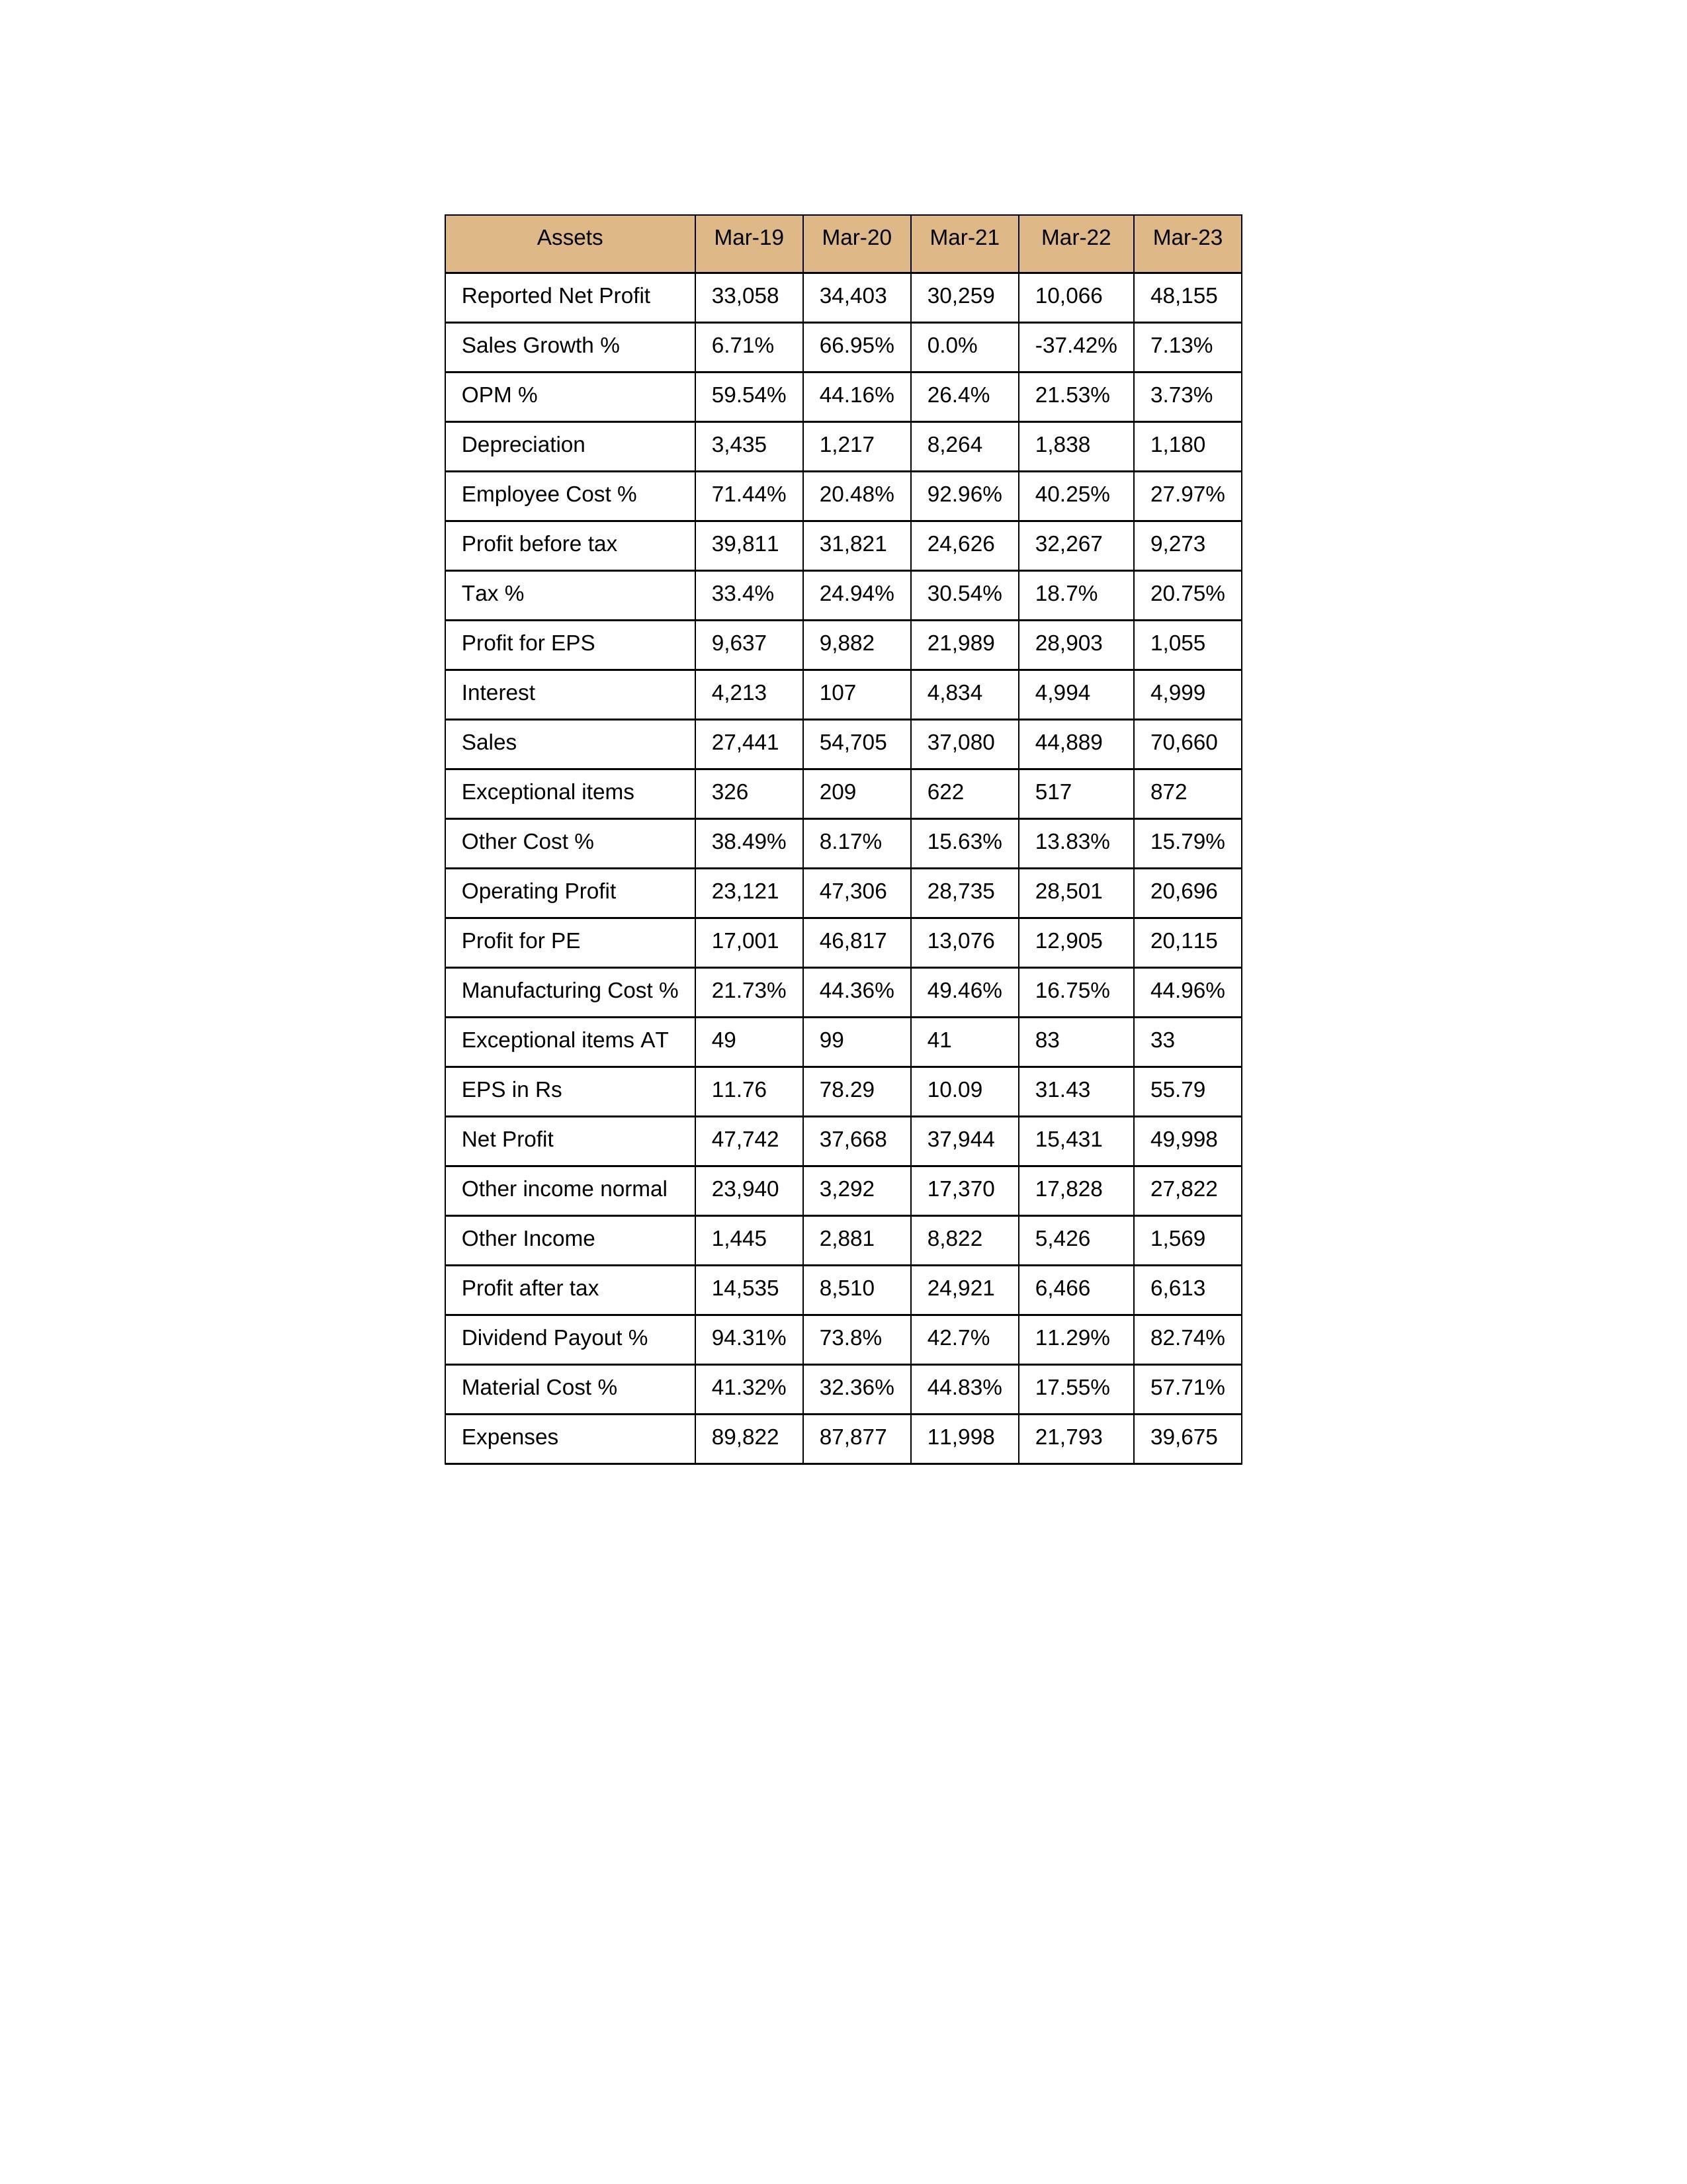
gt_parse: Mar-19: Sales: 27,441
Sales Growth %: 6.71%
Expenses: 89,822
Material Cost %: 41.32%
Manufacturing Cost %: 21.73%
Employee Cost %: 71.44%
Other Cost %: 38.49%
Operating Profit: 23,121
OPM %: 59.54%
Other Income: 1,445
Exceptional items: 326
Other income normal: 23,940
Interest: 4,213
Depreciation: 3,435
Profit before tax: 39,811
Tax %: 33.4%
Net Profit: 47,742
Profit after tax: 14,535
Reported Net Profit: 33,058
Profit for EPS: 9,637
Exceptional items AT: 49
Profit for PE: 17,001
EPS in Rs: 11.76
Dividend Payout %: 94.31%
Mar-20: Sales: 54,705
Sales Growth %: 66.95%
Expenses: 87,877
Material Cost %: 32.36%
Manufacturing Cost %: 44.36%
Employee Cost %: 20.48%
Other Cost %: 8.17%
Operating Profit: 47,306
OPM %: 44.16%
Other Income: 2,881
Exceptional items: 209
Other income normal: 3,292
Interest: 107
Depreciation: 1,217
Profit before tax: 31,821
Tax %: 24.94%
Net Profit: 37,668
Profit after tax: 8,510
Reported Net Profit: 34,403
Profit for EPS: 9,882
Exceptional items AT: 99
Profit for PE: 46,817
EPS in Rs: 78.29
Dividend Payout %: 73.8%
Mar-21: Sales: 37,080
Sales Growth %: 0.0%
Expenses: 11,998
Material Cost %: 44.83%
Manufacturing Cost %: 49.46%
Employee Cost %: 92.96%
Other Cost %: 15.63%
Operating Profit: 28,735
OPM %: 26.4%
Other Income: 8,822
Exceptional items: 622
Other income normal: 17,370
Interest: 4,834
Depreciation: 8,264
Profit before tax: 24,626
Tax %: 30.54%
Net Profit: 37,944
Profit after tax: 24,921
Reported Net Profit: 30,259
Profit for EPS: 21,989
Exceptional items AT: 41
Profit for PE: 13,076
EPS in Rs: 10.09
Dividend Payout %: 42.7%
Mar-22: Sales: 44,889
Sales Growth %: -37.42%
Expenses: 21,793
Material Cost %: 17.55%
Manufacturing Cost %: 16.75%
Employee Cost %: 40.25%
Other Cost %: 13.83%
Operating Profit: 28,501
OPM %: 21.53%
Other Income: 5,426
Exceptional items: 517
Other income normal: 17,828
Interest: 4,994
Depreciation: 1,838
Profit before tax: 32,267
Tax %: 18.7%
Net Profit: 15,431
Profit after tax: 6,466
Reported Net Profit: 10,066
Profit for EPS: 28,903
Exceptional items AT: 83
Profit for PE: 12,905
EPS in Rs: 31.43
Dividend Payout %: 11.29%
Mar-23: Sales: 70,660
Sales Growth %: 7.13%
Expenses: 39,675
Material Cost %: 57.71%
Manufacturing Cost %: 44.96%
Employee Cost %: 27.97%
Other Cost %: 15.79%
Operating Profit: 20,696
OPM %: 3.73%
Other Income: 1,569
Exceptional items: 872
Other income normal: 27,822
Interest: 4,999
Depreciation: 1,180
Profit before tax: 9,273
Tax %: 20.75%
Net Profit: 49,998
Profit after tax: 6,613
Reported Net Profit: 48,155
Profit for EPS: 1,055
Exceptional items AT: 33
Profit for PE: 20,115
EPS in Rs: 55.79
Dividend Payout %: 82.74%